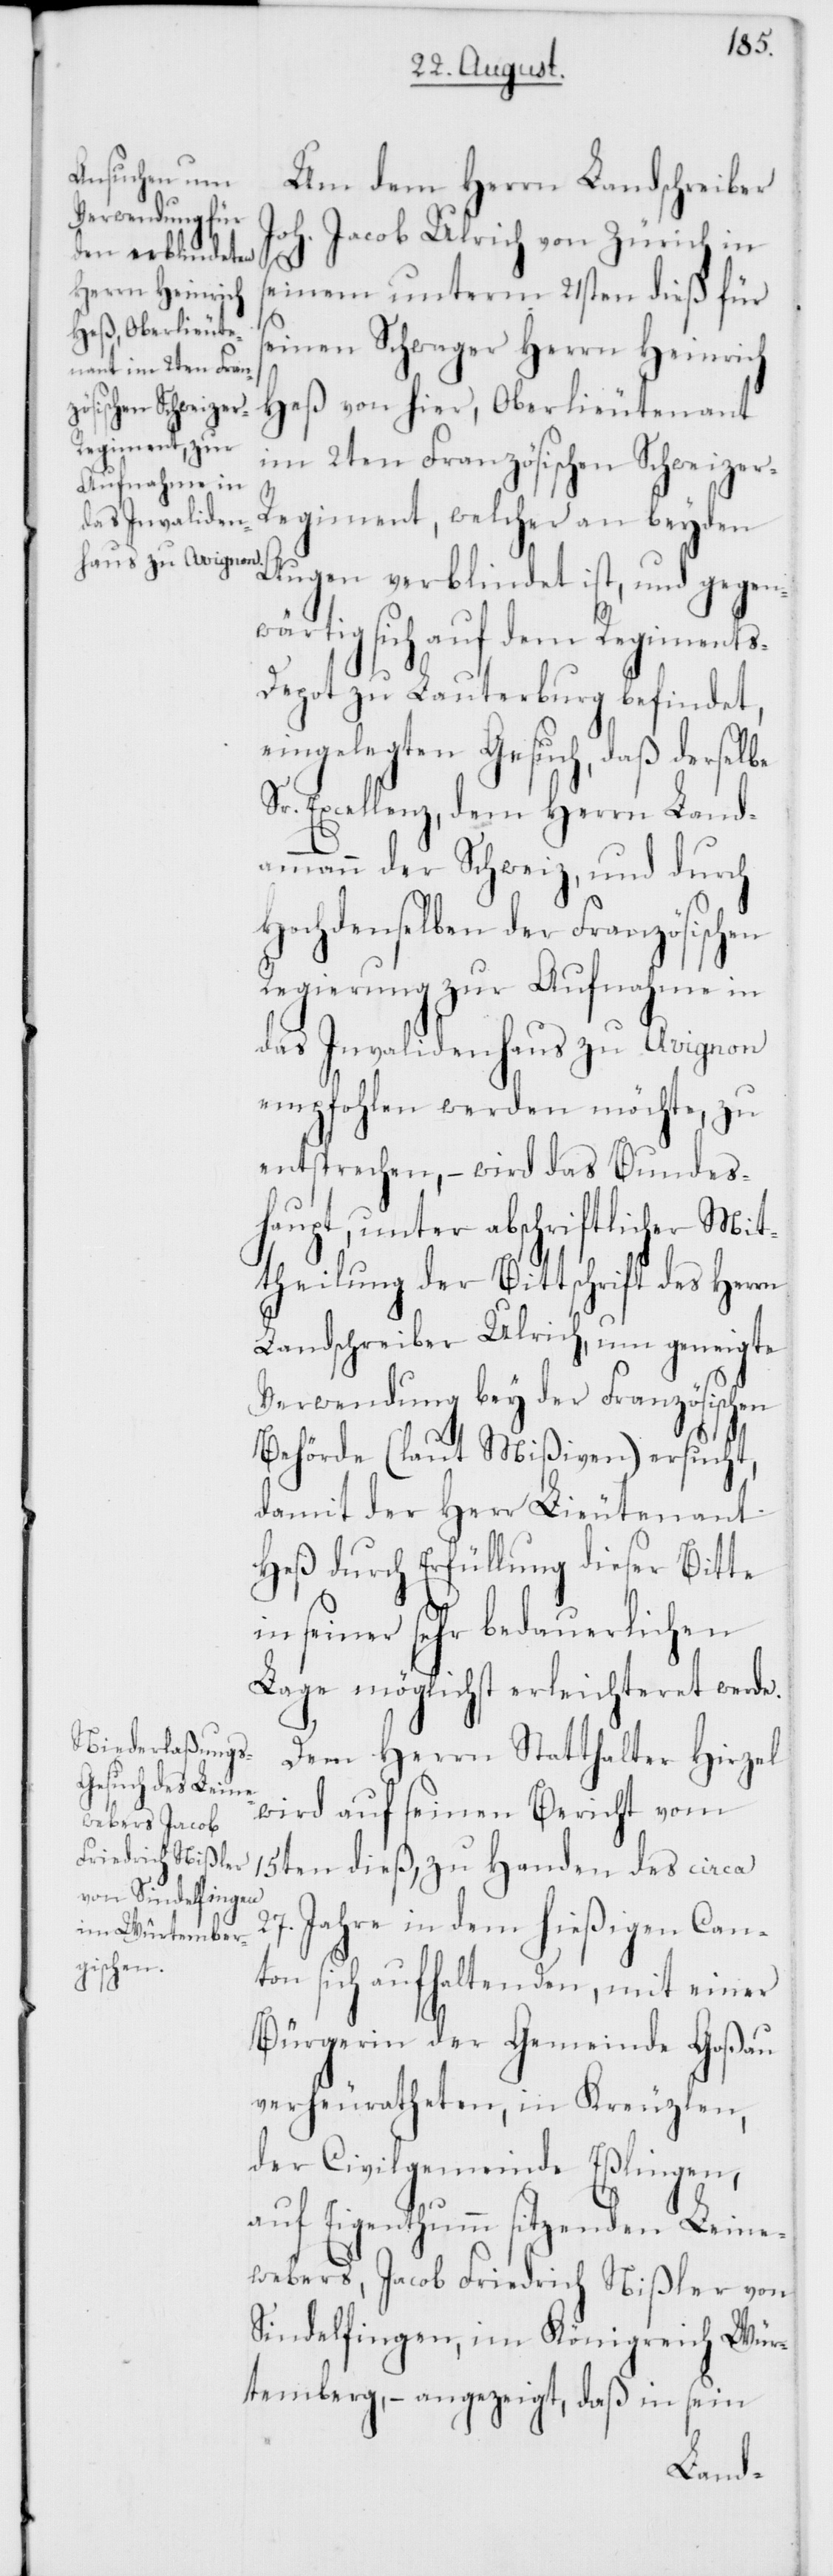
Um dem Herrn Landschreiber
Joh. Jacob Ulrich von Zürich in
Augen verblindet
seinem unterm 21sten dieß für
seinen Schwager Herrn Heinrich
ist, und gegen¬
Heß von hier, Oberlieutenant
im 2ten Französischen Schweizer-R¬
egiment, welcher an beyden
wärtig sich auf dem Regiment¬
s-Depot zu Lauterburg befindet,
eingelegten Gesuch, daß derselbe
Sr. Excellenz, dem Herrn Landa¬
mmann der Schweiz, und durch
Hochdenselben der Französischen
Regierung zur Aufnahme in
das Invalidenhaus zu Avignon
empfohlen werden möchte, zu
entsprechen, – wird das Bundes¬
haupt, unter abschriftlicher Mit¬
theilung der Bittschrift des Herrn
Landschreiber Ulrich, um geneigte
Verwendung bey der Französischen
Behörde (laut Mißiven) ersucht,
damit der Herr Lieutenant
Heß durch Erfüllung dieser Bitte
in seiner sehr bedauerlichen
Lage möglichst erleichteret werde.
Dem Herrn Statthalter Hirzel
wird auf seinen Bericht vom
15ten dieß, zu Handen des circa
27. Jahre in dem hießigen Can¬
ton sich aufhaltenden, mit einer
Bürgerin der Gemeinde Goßau
verheuratheten, in Kreuzlen,
der Civilgemeinde Eßlingen,
auf Eigenthumm sitzenden Leine¬
webers, Jacob Friedrich Nißler von
Sindelfingen, im Königreich Wür¬
temberg, – angezeigt, daß in sein